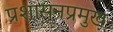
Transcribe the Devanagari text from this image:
प्रशासनप्रमुख